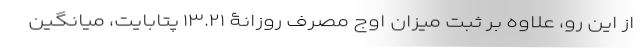
از این رو، علاوه بر ثبت میزان اوج مصرف روزانۀ ۱۳.۲۱ پتابایت، میانگین